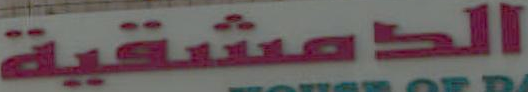
الدمشقية